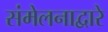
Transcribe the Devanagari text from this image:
संमेलनाद्वारे